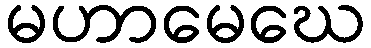
မဟာမေဃေ